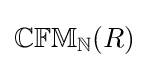
\mathbb {CFM} _{\mathbb {N} }(R)